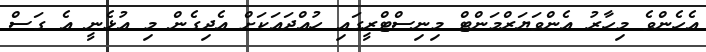
އެހެންވެ މިހާރު އެންވަޔަރްމަންޓް މިނިސްޓްރީގައި ހުއްދައަކަށް އެދިގެން މި އުޅެނީ އެ ގަސް